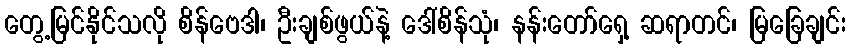
တွေ့မြင်နိုင်သလို စိန်ဗေဒါ၊ ဦးချစ်ဖွယ်နဲ့ ဒေါ်စိန်သုံ၊ နန်းတော်ရှေ့ ဆရာတင်၊ မြခြေချင်း